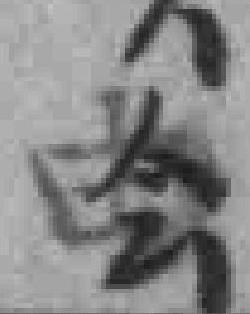
由